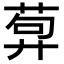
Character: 𦴳